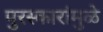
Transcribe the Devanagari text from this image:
पुरस्कारांमुळे